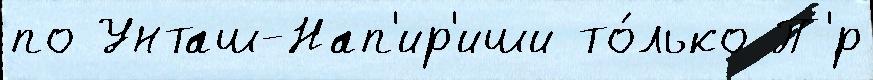
по Унташ-Нап'ир'иши то́лько П'́р